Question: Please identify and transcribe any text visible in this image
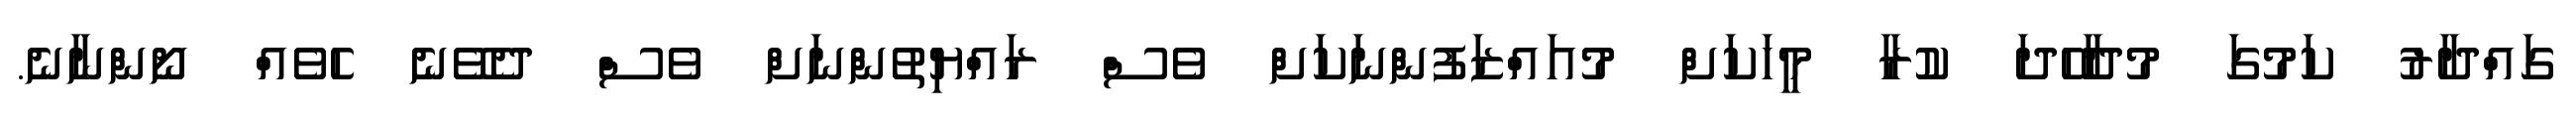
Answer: ގައްދާރު ކަމުގަ މުދާހޭދަ ކުރާ މީހަކަށް މުއައްޒަފުންނަކަށް ވެސް ރައްޔިތުންނަށް ވެސް ދެވޭނެ ހެވެއް ނޯންނާނެ.